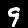
Label: 9